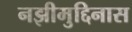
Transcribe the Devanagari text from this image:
नझीमुद्दिनास